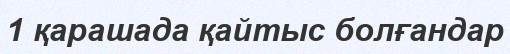
1 қарашада қайтыс болғандар